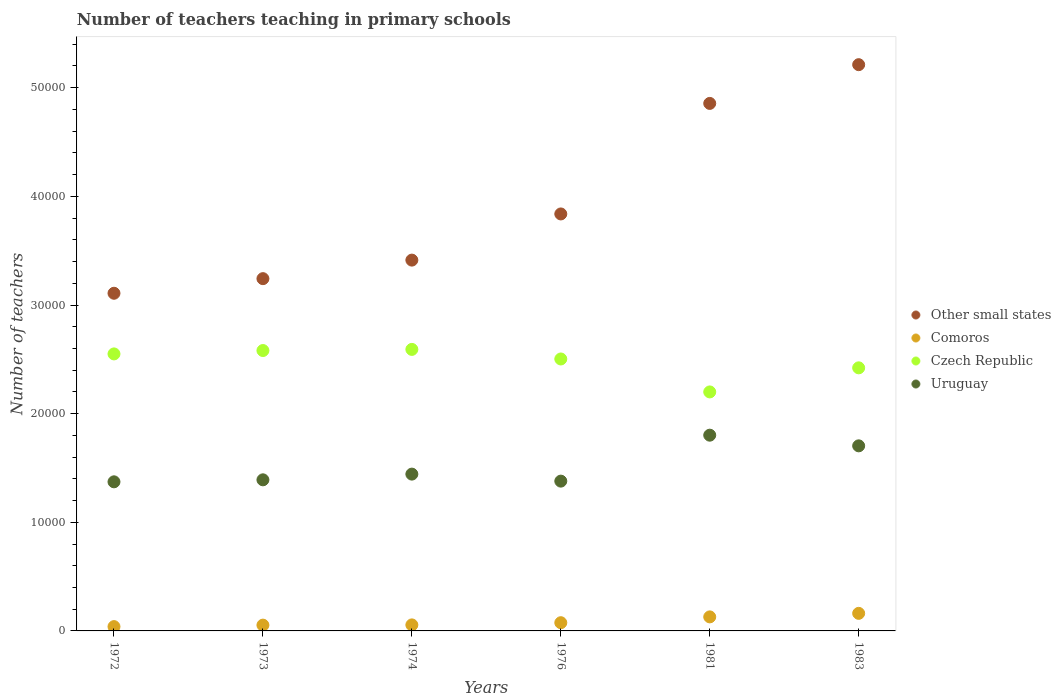
| Years | Other small states | Comoros | Czech Republic | Uruguay |
 | --- | --- | --- | --- | --- |
 | 1972 | 3.11e+04 | 396 | 2.55e+04 | 1.37e+04 |
 | 1973 | 3.24e+04 | 533 | 2.58e+04 | 1.39e+04 |
 | 1974 | 3.41e+04 | 554 | 2.59e+04 | 1.44e+04 |
 | 1976 | 3.84e+04 | 756 | 2.5e+04 | 1.38e+04 |
 | 1981 | 4.86e+04 | 1.29e+03 | 2.2e+04 | 1.8e+04 |
 | 1983 | 5.21e+04 | 1.62e+03 | 2.42e+04 | 1.7e+04 |